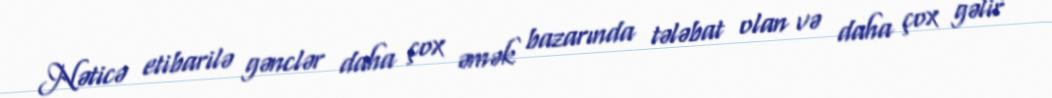
Nəticə etibarilə gənclər daha çox əmək bazarında tələbat olan və daha çox gəlir